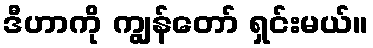
ဒီဟာကို ကျွန်တော် ရှင်းမယ်။